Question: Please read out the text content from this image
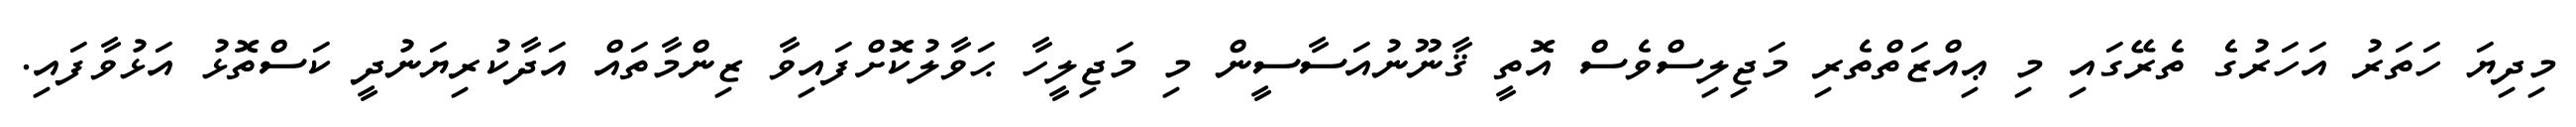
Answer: މިދިޔަ ހަތަރު އަހަރުގެ ތެރޭގައި މި ޢިއްޒަތްތެރި މަޖިލިސްވެސް އޮތީ ޤާނޫނުއަސާސީން މި މަޖިލީހާ ޙަވާލުކޮށްފައިވާ ޒިންމާތައް އަދާކުރިޔަނުދީ ކަސްތޮޅު އަޅުވާފައި.